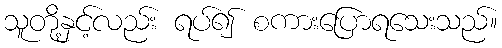
သူတို့နှင့်လည်း ရပ်၍ စကားပြောရသေးသည်။